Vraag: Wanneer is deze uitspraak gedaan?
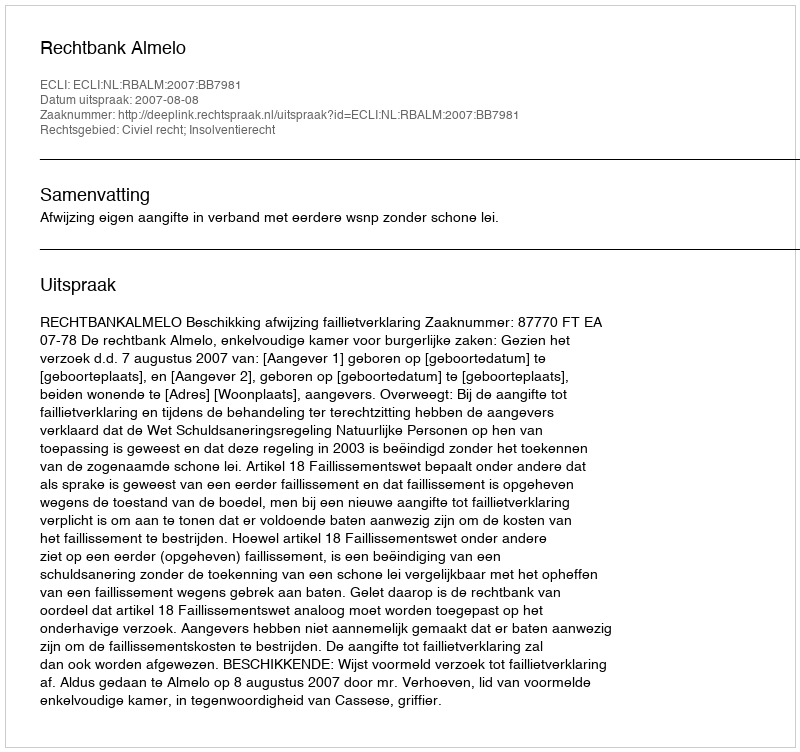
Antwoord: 2007-08-08